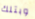
وبتلك